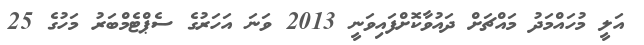
އަލީ މުހައްމަދު މައްޗަށް ދައުވާކޮށްފައިވަނީ 2013 ވަނަ އަހަރުގެ ސެޕްޓެމްބަރު މަހުގެ 25